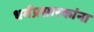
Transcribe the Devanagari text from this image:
धर्मप्रसारकांना